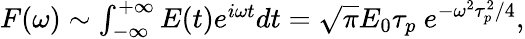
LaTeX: \begin{array}{r}{F(\omega)\sim\int_{-\infty}^{+\infty}E(t)e^{i\omega t}dt=\sqrt{\pi}E_{0}\tau_{p}\ e^{-\omega^{2}\tau_{p}^{2}/4},}\end{array}